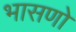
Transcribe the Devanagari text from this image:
भासणो